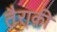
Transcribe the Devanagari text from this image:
तैराक़ी